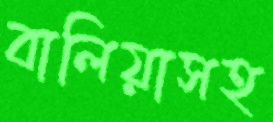
বালিয়াসহ